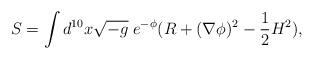
LaTeX: \begin{align*}S=\int d^{10}x\sqrt{-g}\; e^{-\phi}(R+(\nabla\phi)^2-\frac{1}{2}H^2),\end{align*}